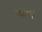
ખાતો